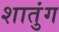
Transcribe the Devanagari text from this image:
शातुंग